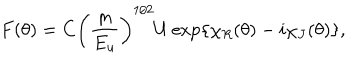
LaTeX: F ( \theta ) = C { \left( \frac { m } { E _ { u } } \right) } ^ { 1 / 2 } U \exp \{ \chi _ { R } ( \theta ) - i \chi _ { J } ( \theta ) \} ,